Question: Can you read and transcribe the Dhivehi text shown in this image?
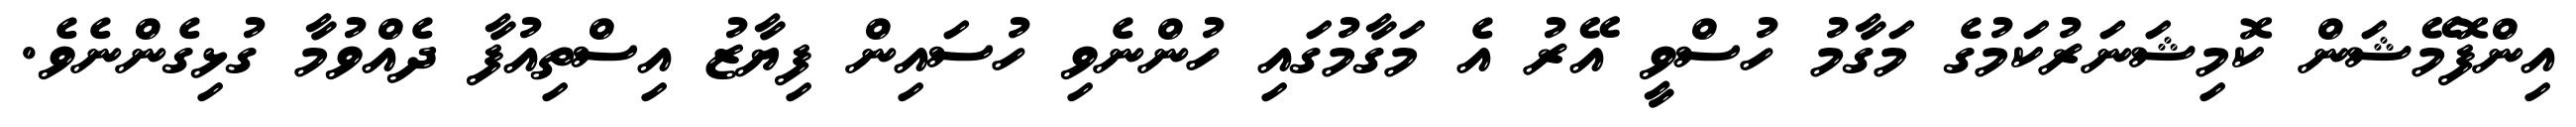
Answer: އިންފޮމޭޝަން ކޮމިޝަނަރުކަމުގެ މަގާމު ހުސްވީ އޭރު އެ މަގާމުގައި ހުންނެވި ހުސައިން ފިޔާޒު އިސްތިއުފާ ދެއްވުމާ ގުޅިގެންނެވެ.